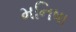
મનિષા